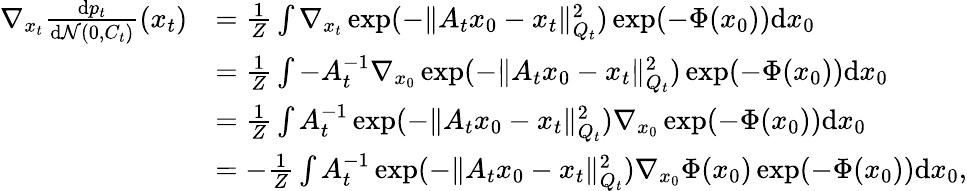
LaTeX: \begin{array}{rl}{\nabla_{x_{t}}\frac{\mathrm{d}p_{t}}{\mathrm{d}\mathcal{N}(0,C_{t})}(x_{t})}&{=\frac{1}{Z}\int\nabla_{x_{t}}\exp(-\| A_{t}x_{0}-x_{t}\| _{Q_{t}}^{2})\exp(-\Phi(x_{0}))\mathrm{d}x_{0}}\\ &{=\frac{1}{Z}\int-A_{t}^{-1}\nabla_{x_{0}}\exp(-\| A_{t}x_{0}-x_{t}\| _{Q_{t}}^{2})\exp(-\Phi(x_{0}))\mathrm{d}x_{0}}\\ &{=\frac{1}{Z}\int A_{t}^{-1}\exp(-\| A_{t}x_{0}-x_{t}\| _{Q_{t}}^{2})\nabla_{x_{0}}\exp(-\Phi(x_{0}))\mathrm{d}x_{0}}\\ &{=-\frac{1}{Z}\int A_{t}^{-1}\exp(-\| A_{t}x_{0}-x_{t}\| _{Q_{t}}^{2})\nabla_{x_{0}}\Phi(x_{0})\exp(-\Phi(x_{0}))\mathrm{d}x_{0},}\end{array}